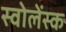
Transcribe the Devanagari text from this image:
स्वोलेंस्क